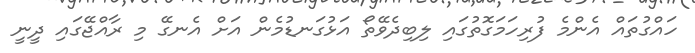
ހައްގުތައް އެންމެ ފުރިހަމަގޮތުގައި ލިބިދެވޭތޯ އަޅުގަނޑުމެން އަށް އެނގޭ މި ރާއްޖޭގައި ދީނީ